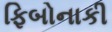
ફિબોનાકી